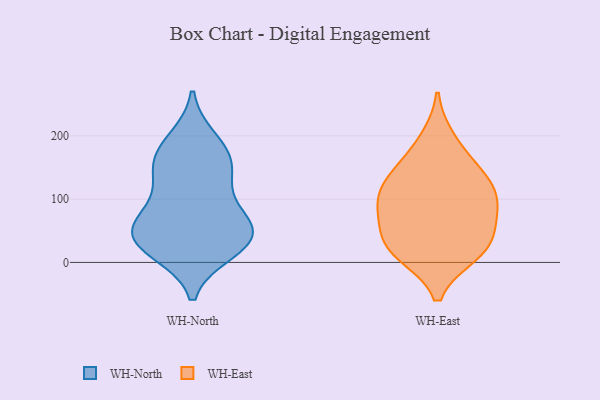
{"axis": {"x": "Tickets Resolved", "y": "Value"}, "legend": ["WH-East", "WH-North"], "data": [{"x": "", "y": 160, "type": "WH-North"}, {"x": "", "y": 174, "type": "WH-North"}, {"x": "", "y": 41, "type": "WH-North"}, {"x": "", "y": 192, "type": "WH-North"}, {"x": "", "y": 47, "type": "WH-North"}, {"x": "", "y": 19, "type": "WH-North"}, {"x": "", "y": 39, "type": "WH-North"}, {"x": "", "y": 85, "type": "WH-North"}, {"x": "", "y": 49, "type": "WH-North"}, {"x": "", "y": 146, "type": "WH-North"}, {"x": "", "y": 25, "type": "WH-North"}, {"x": "", "y": 71, "type": "WH-North"}, {"x": "", "y": 130, "type": "WH-North"}, {"x": "", "y": 39, "type": "WH-East"}, {"x": "", "y": 21, "type": "WH-East"}, {"x": "", "y": 15, "type": "WH-East"}, {"x": "", "y": 142, "type": "WH-East"}, {"x": "", "y": 154, "type": "WH-East"}, {"x": "", "y": 81, "type": "WH-East"}, {"x": "", "y": 50, "type": "WH-East"}, {"x": "", "y": 13, "type": "WH-East"}, {"x": "", "y": 195, "type": "WH-East"}, {"x": "", "y": 113, "type": "WH-East"}, {"x": "", "y": 96, "type": "WH-East"}, {"x": "", "y": 120, "type": "WH-East"}, {"x": "", "y": 87, "type": "WH-East"}]}